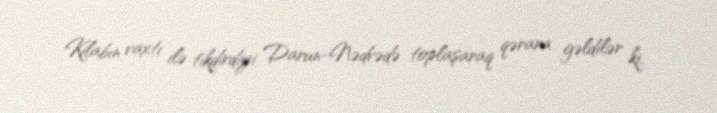
Kilabın vaxtı ilə tikdirdiyi Darun-Nədvədə toplaşaraq qərara gəldilər ki,